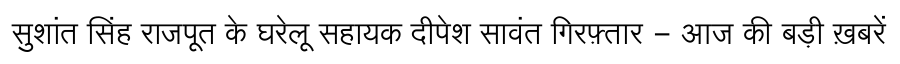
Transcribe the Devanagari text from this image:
सुशांत सिंह राजपूत के घरेलू सहायक दीपेश सावंत गिरफ़्तार - आज की बड़ी ख़बरें